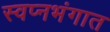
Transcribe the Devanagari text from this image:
स्वप्नभंगात